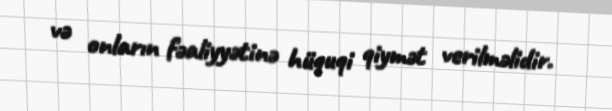
və onların fəaliyyətinə hüquqi qiymət verilməlidir.